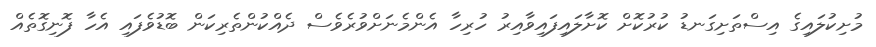
މުށިކުލައިގެ އިސްތަށިގަނޑު ކުރުކޮށް ކޮށާލައިފައިވާއިރު ހުރިހާ އެންމެނަށްވުރެވެސް ދެއްކުންތެރިކަން ބޮޑުވެފައި އެހާ ފޮނިގޮތެއް